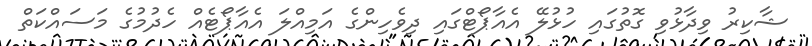
ޝާކިރު ވިދާޅުވި ގޮތުގައި ހުޅުލޭ އެއާޕޯޓްގައި ދިވެހިންގެ އަމިއްލަ އެއާޕޯޓެއް ހެދުމުގެ މަސައްކަތް